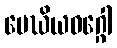
မေဃိယဝဂ္ဂေါ